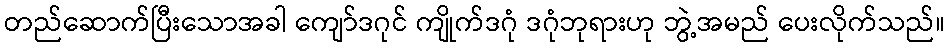
တည်ဆောက်ပြီးသောအခါ ကျော်ဒဂုင် ကျိုက်ဒဂုံ ဒဂုံဘုရားဟု ဘွဲ့အမည် ပေးလိုက်သည်။